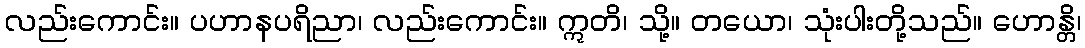
လည်းကောင်း။ ပဟာနပရိညာ၊ လည်းကောင်း။ ဣတိ၊ သို့။ တယော၊ သုံးပါးတို့သည်။ ဟောန္တိ၊